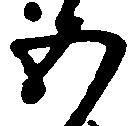
五